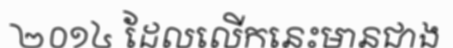
២០១៤ ដែលលើកនេះមានជាង